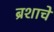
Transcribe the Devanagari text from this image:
ब्रशाचे